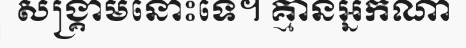
សង្គ្រាមនោះទេ។ គ្មានអ្នកណា